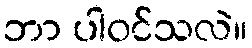
ဘာ ပါဝင်သလဲ။